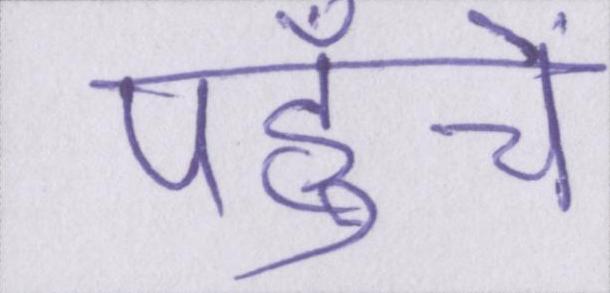
पहुँचें